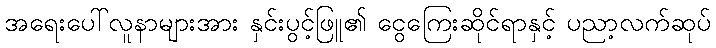
အရေးပေါ်လူနာများအား နှင်းပွင့်ဖြူ၏ ငွေကြေးဆိုင်ရာနှင့် ပညာ့လက်ဆုပ်